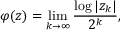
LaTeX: \varphi ( z ) = \operatorname* { l i m } _ { k \to \infty } { \frac { \log | z _ { k } | } { 2 ^ { k } } } ,